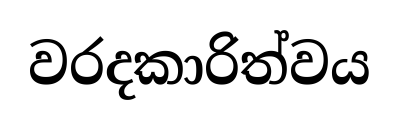
වරදකාරිත්වය